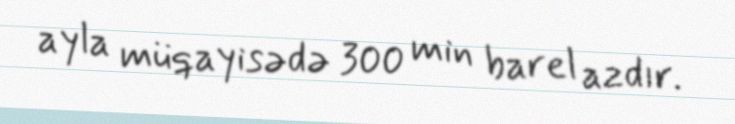
ayla müqayisədə 300 min barel azdır.